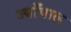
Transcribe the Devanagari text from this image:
ज्याँपाल